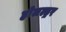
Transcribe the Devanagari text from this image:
होलल्ड्रर